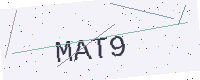
Text: MAT9